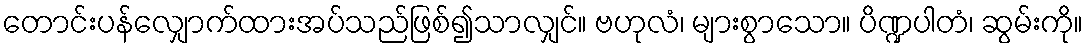
တောင်းပန်လျှောက်ထားအပ်သည်ဖြစ်၍သာလျှင်။ ဗဟုလံ၊ များစွာသော။ ပိဏ္ဍပါတံ၊ ဆွမ်းကို။